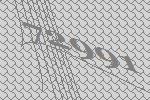
72991